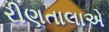
રીણતાલાએ